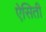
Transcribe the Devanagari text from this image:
ऐसिती